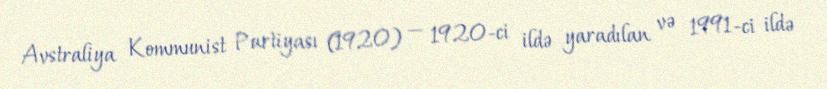
Avstraliya Kommunist Partiyası (1920) — 1920-ci ildə yaradılan və 1991-ci ildə